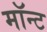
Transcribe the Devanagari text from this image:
मॉन्ट